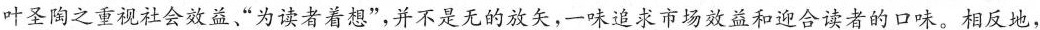
叶圣陶之重视社会效益”为读者着想”，并不是无的放矢，一味追求市场效益和迎合读者的口味。相反地，